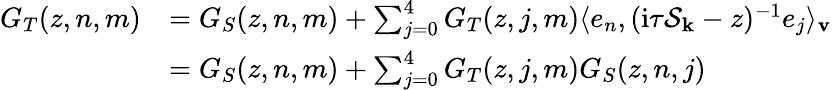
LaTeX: \begin{array}{rl}{G_{T}(z,n,m)}&{=G_{S}(z,n,m)+\sum_{j=0}^{4}G_{T}(z,j,m)\langle e_{n},(\mathrm{i}\tau\mathcal{S}_{\mathbf{k}}-z)^{-1}e_{j}\rangle_{\mathbf{v}}}\\ &{=G_{S}(z,n,m)+\sum_{j=0}^{4}G_{T}(z,j,m)G_{S}(z,n,j)}\end{array}